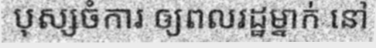
បុស្សចំការ ឲ្យពលរដ្ឋម្នាក់ នៅ